Language: tamil
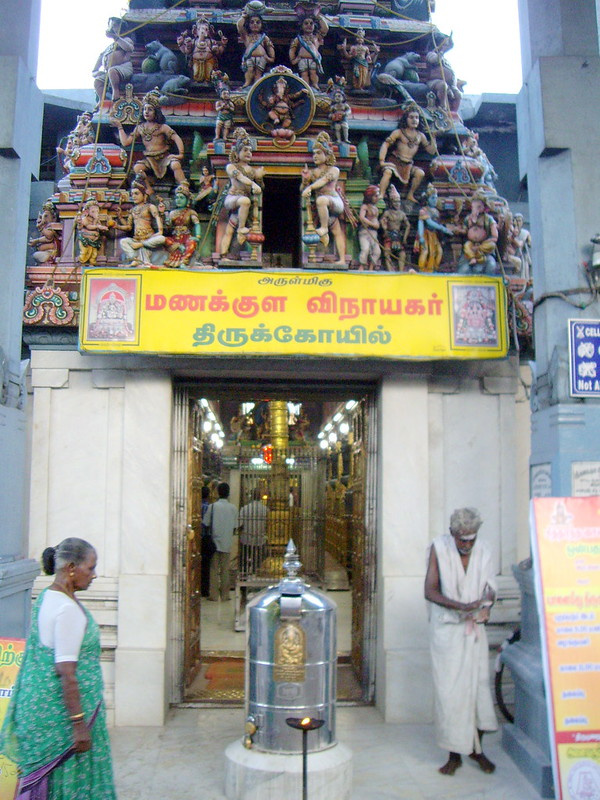
Transcription: அருள்மிகு மணக்குள விநாயகா் திருக்கோயில்